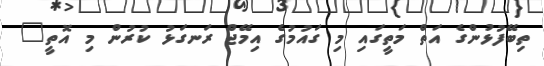
ތިބޭފުޅުންގެ އަތް މަތީގައި މި ގައުމުގެ އިމޭޖް ރަނގަޅު ކުރުން މި އޮތީ"